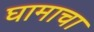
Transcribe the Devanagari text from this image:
घामाचा